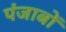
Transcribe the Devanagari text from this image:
पंजाबों